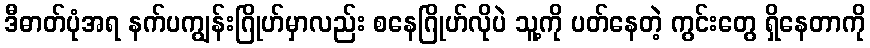
ဒီဓာတ်ပုံအရ နက်ပကျွန်းဂြိုဟ်မှာလည်း စနေဂြိုဟ်လိုပဲ သူ့ကို ပတ်နေတဲ့ ကွင်းတွေ ရှိနေတာကို